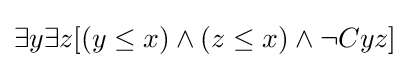
\exists y\exists z[(y\leq x)\land (z\leq x)\land \neg Cyz]